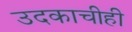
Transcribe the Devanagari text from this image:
उदकाचीही